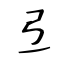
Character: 弖